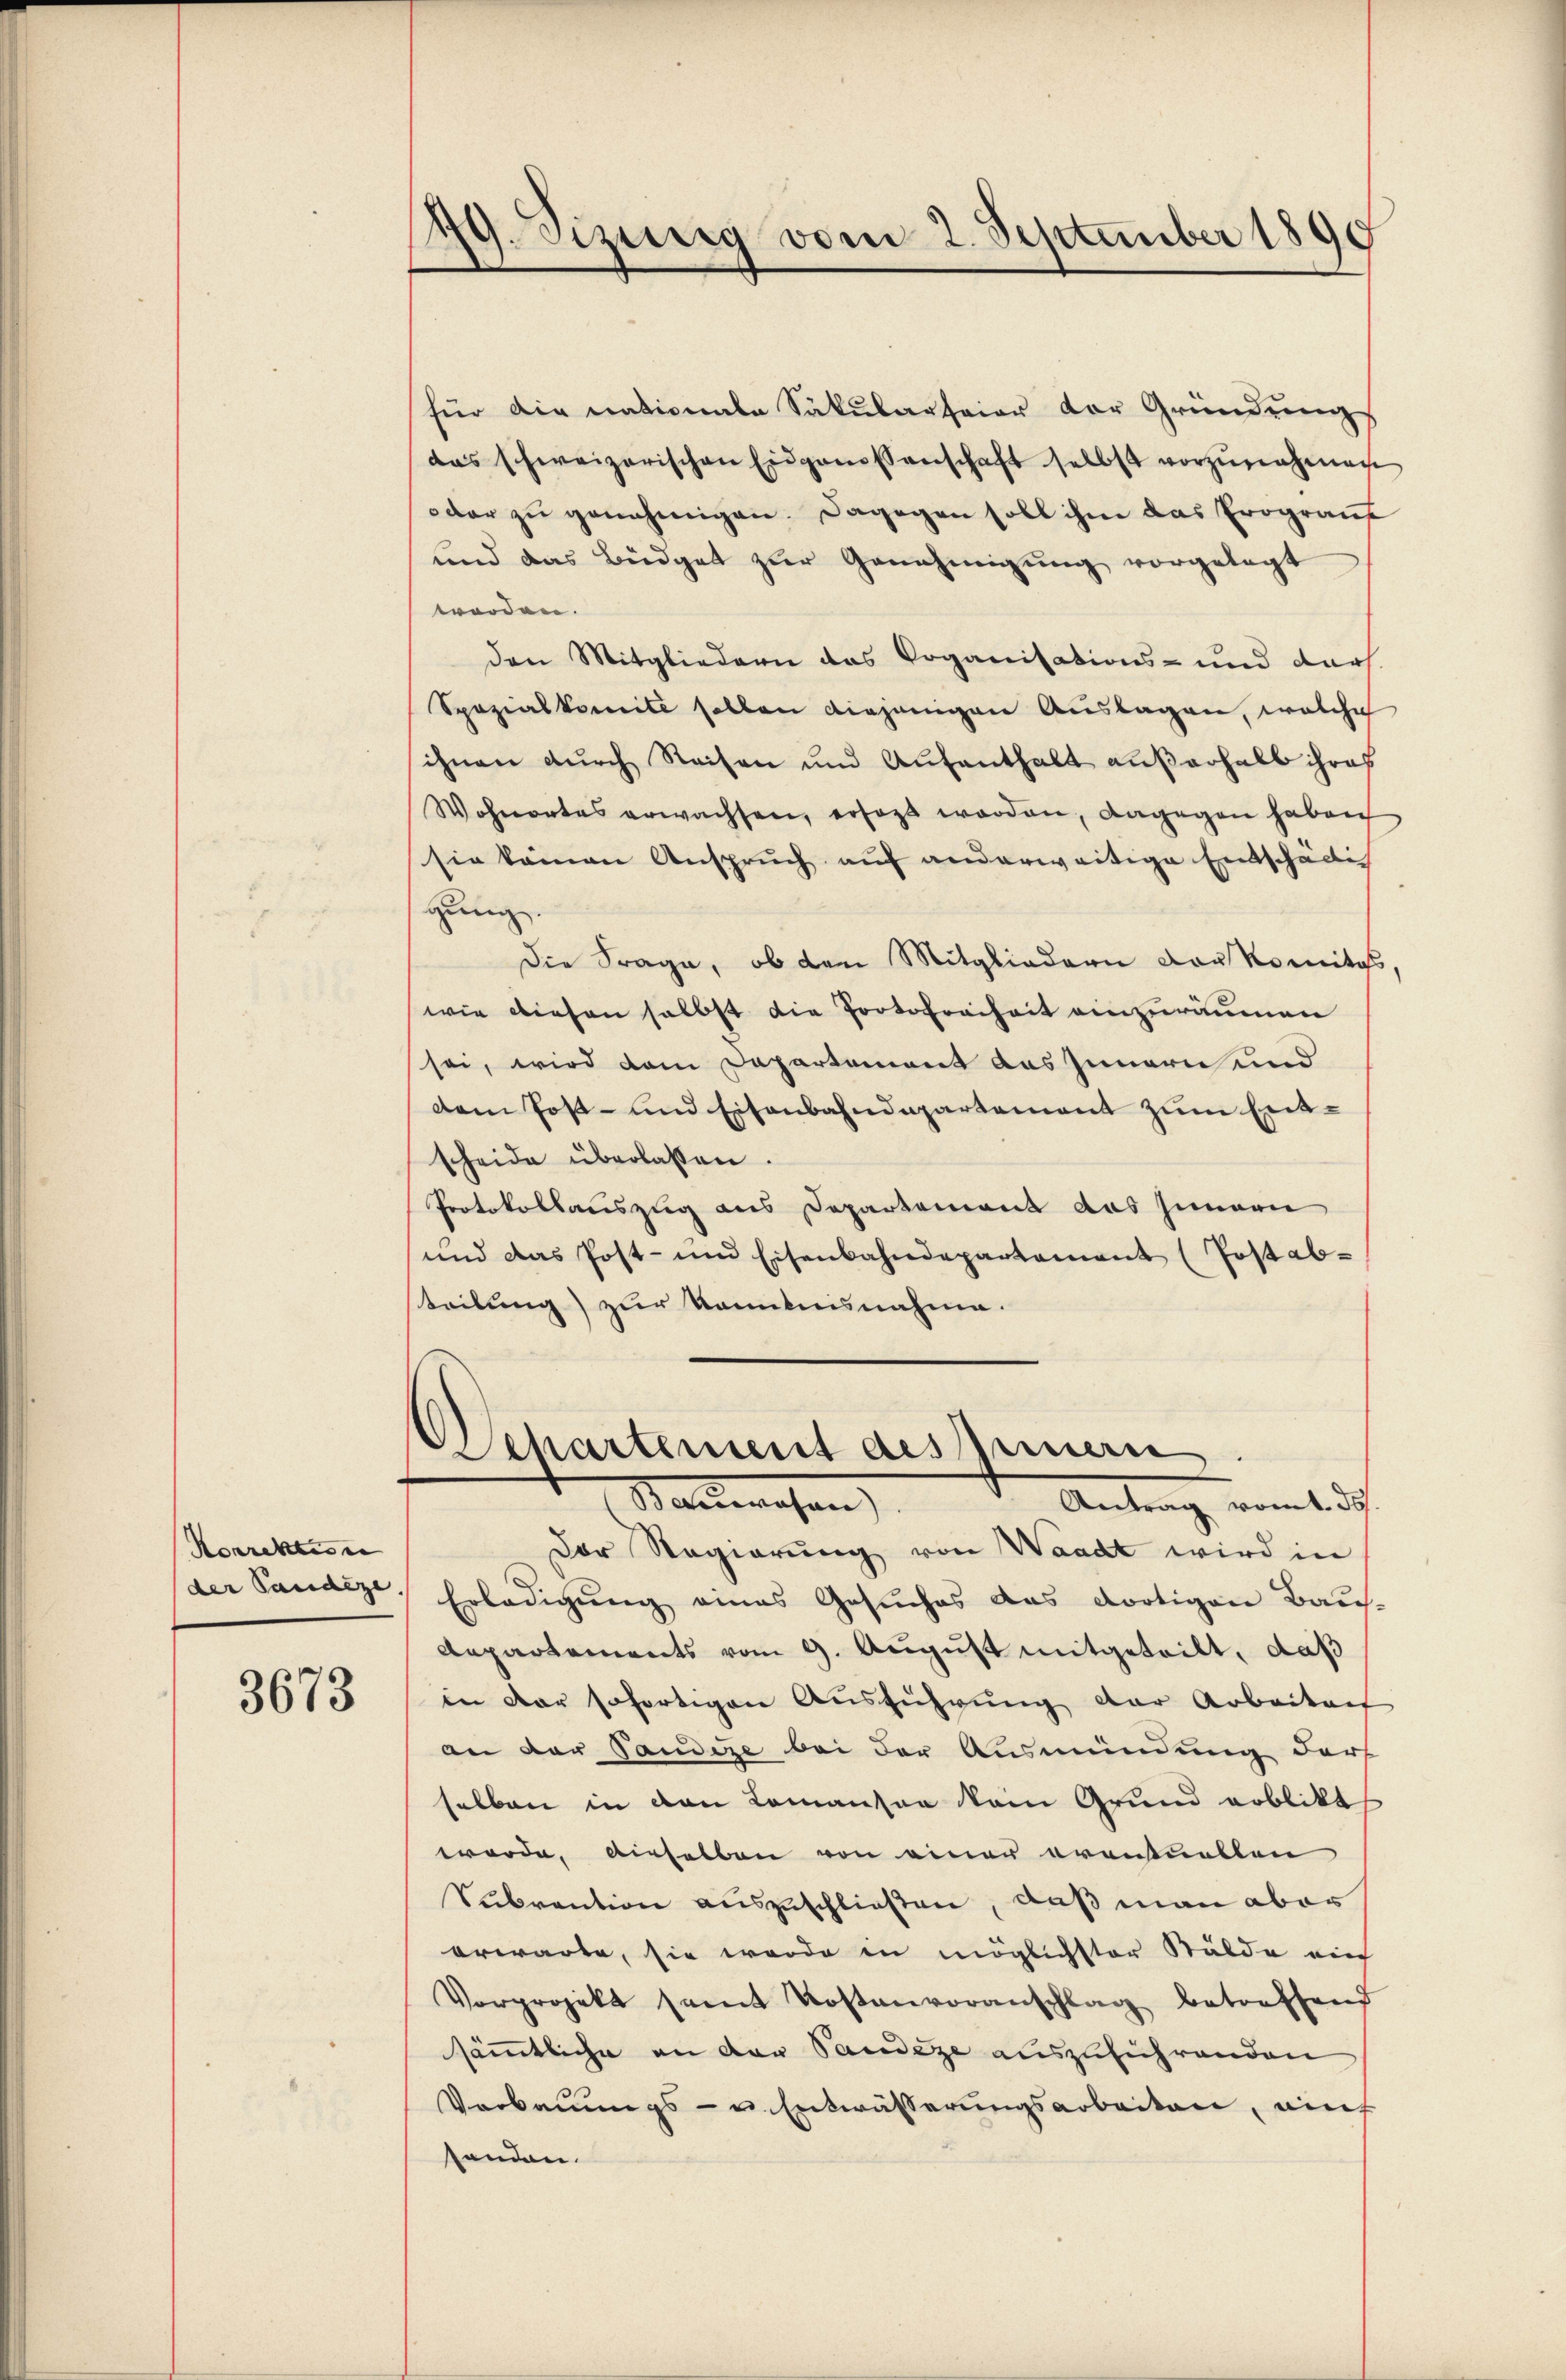
Korrektes in |
der Sandere,

3673

19. Sizerig vom 2. September 1890

für die nationale Säkularfeier der Gründungs
das schweizerischen Eidgenossenschaft selbst vorzŭnehmen
oder zu genehmigen. Dagegen soll ihm das Prograuf
und das Büdget zur Genehmigung vorgelegt
worden.
den Mitgliedern das Voganisations- und darf.
Spozialkomite sollen diejenigen Auslagen, welche
sihnen durch Reisen und Aufenthalt außerhalb ihres
Wohnortes erwachsen, ersagt worden, dagegen haben
sie kamen Anspruch auf anderweitige Entschädlic
gung
Die Frage, ob den Mitgliedern der Komitas,
wie diesen selbst die Portofreiheit einzuräumen
sei, wird dem Departement das Innern und
dem Post- und Eisenbahndepartement zum Entscheide überlassen.
Protokollauszug aus Departement das Innern
und das Post- und Eisenbahndepartement (Post abteilung) zur Kenntnisnahme.

Departement des peinern.
Maurechen
 Antrag vom 13.

Der Regierung von Waadt wird in
Erledigung eines Gesuches das dortigen Baus-
Departements vom 9. August mitgeteilt, daß
in der sofortigen Ausführung der Arbeiten
an der Tandise bei der Ausmündung darf
selben in den Komantag kain Grund erblikt
werde, dieselben von einer eventuellen
Subrantion auszuschließen, daß man aber
erwarte, sie werde in möglichster Stälde auf
Vorprojekt samt Kostenvoranschlag betreffend
sämmtliche an der Pandeze auszuführenden
Verbauungs- u. Entwässerungsarbeiten, auf
handen.